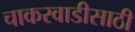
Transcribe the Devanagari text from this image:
चाकरवाडीसाठी